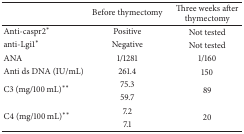
<table><thead><tr><td><b> </b></td><td><b>Before thymectomy</b></td><td><b>Three weeks after thymectomy</b></td></tr></thead><tbody><tr><td>Anti-caspr2<sup><i>∗</i></sup></td><td>Positive</td><td>Not tested</td></tr><tr><td>anti-Lgi1<sup><i>∗</i></sup></td><td>Negative</td><td>Not tested</td></tr><tr><td>ANA</td><td>1/1281</td><td>1/160</td></tr><tr><td>Anti ds DNA (IU/mL)</td><td>261.4</td><td>150</td></tr><tr><td rowspan="2">C3 (mg/100 mL)<sup><i>∗∗</i></sup></td><td>75.3</td><td rowspan="2">89</td></tr><tr><td>59.7</td></tr><tr><td rowspan="2">C4 (mg/100 mL)<sup><i>∗∗</i></sup></td><td>7.2</td><td rowspan="2">20</td></tr><tr><td>7.1</td></tr></tbody></table>